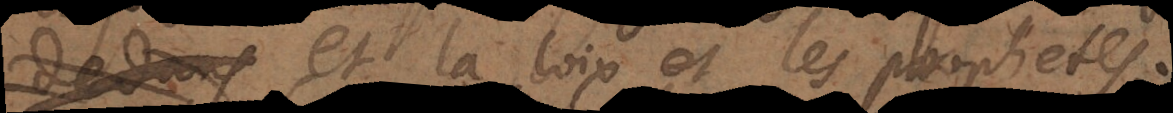
et la loix et les prophetes.